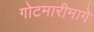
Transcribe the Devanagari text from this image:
गोटमारीमागे